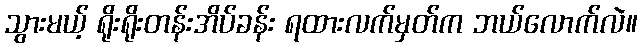
သွားမယ့် ရိုးရိုးတန်းအိပ်ခန်း ရထားလက်မှတ်က ဘယ်လောက်လဲ။